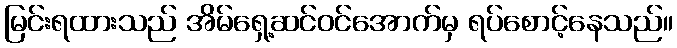
မြင်းရထားသည် အိမ်ရှေ့ဆင်ဝင်အောက်မှ ရပ်စောင့်နေသည်။